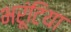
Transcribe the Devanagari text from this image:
भरूंटिया